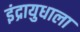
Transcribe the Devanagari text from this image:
इंद्रायुधाला